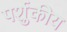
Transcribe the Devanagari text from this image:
पर्शुकीय